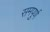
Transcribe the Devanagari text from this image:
समपुर्ण